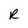
Character: R